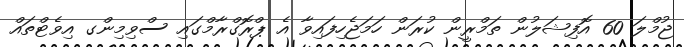
ޖުމްލަ 60 އޮފިޝަލުން ތަމްރީން ކުރަން ހަމަޖެހިފައިވާ އެ ޕްރޮގްރާމްގައި ސްވިމިންގ އިވެޓްތައް